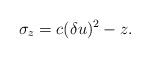
LaTeX: \begin{align*}\sigma_z=c(\delta u)^2-z.\end{align*}